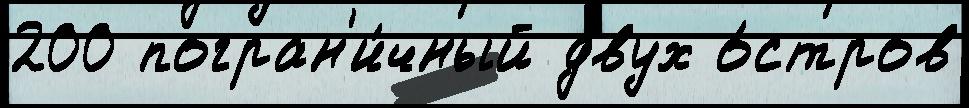
200 погран'и́чный двух о́стров